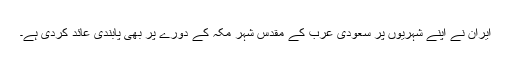
ایران نے اپنے شہریوں پر سعودی عرب کے مقدس شہر مکہ کے دورے پر بھی پابندی عائد کردی ہے۔